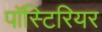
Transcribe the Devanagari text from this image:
पॉस्टिरियर